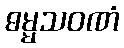
ဓမ္မသဝဏံ